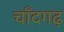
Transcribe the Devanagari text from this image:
चाँदगढ़